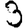
Digit: 3